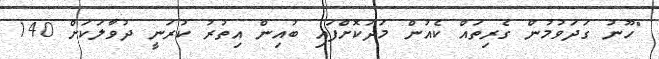
"ހޫނު ގަދަވުމުން ގެރިތައް ކެއުން މަދުކޮށްފައި ބުއިން އިތުރު ކުރަނީ ދުވާލަކަށް 140